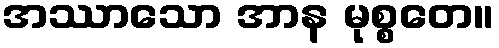
အဿာသော အာန မုစ္စတေ။